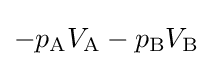
-p_{\text{A}}V_{\text{A}}-p_{\text{B}}V_{\text{B}}